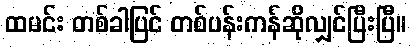
ထမင်း တစ်ခါပြင် တစ်ပန်းကန်ဆိုလျှင်ပြီးပြီ။